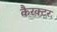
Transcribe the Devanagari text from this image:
कैरक्टर